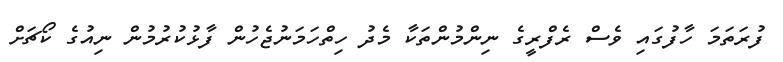
ފުރަތަމަ ހާފުގައި ވެސް ރެފްރީގެ ނިންމުންތަކާ މެދު ހިތްހަމަނުޖެހުން ފާޅުކުރުމުން ނިއުގެ ކޯޗަށް